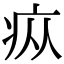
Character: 疭